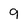
Character: 9